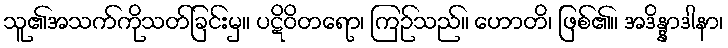
သူ၏အသက်ကိုသတ်ခြင်းမှ။ ပဋိဝိတရော၊ ကြဉ်သည်။ ဟောတိ၊ ဖြစ်၏။ အဒိန္နာဒါနာ၊